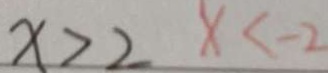
x > 2 x < - 2